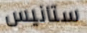
ستانيس